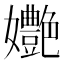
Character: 𡤩